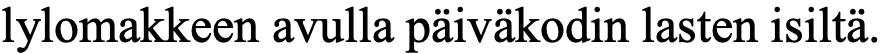
lylomakkeen avulla päiväkodin lasten isiltä.